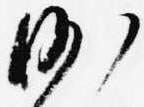
沙